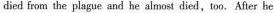
died from the plague and he almost died,too. After he